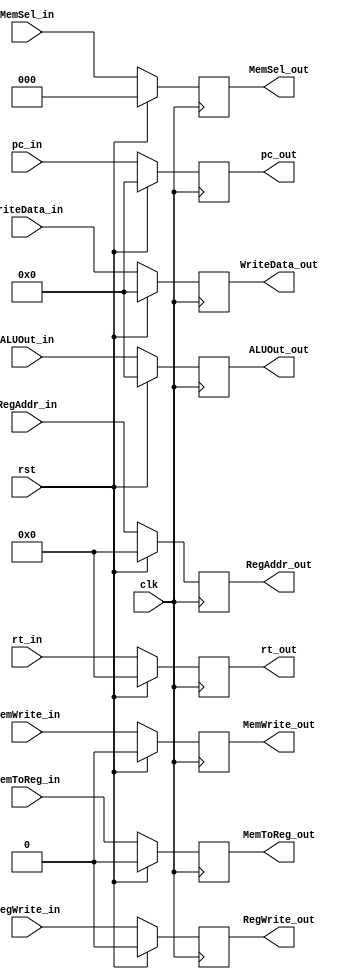
`timescale 1ns / 1ps

module StageM(
    input clk,
    input rst, // ! Sync reset
    input RegWrite_in,
    input MemWrite_in,
    input MemToReg_in,
    input [31:0] ALUOut_in,
    input [31:0] WriteData_in,
    input [4:0] RegAddr_in,
    input [31:0] pc_in,
    input [4:0] rt_in,
    input [2:0] MemSel_in,
    output reg [4:0] rt_out,
    output reg RegWrite_out,
    output reg MemWrite_out,
    output reg MemToReg_out,
    output reg [31:0] ALUOut_out,
    output reg [31:0] WriteData_out,
    output reg [4:0] RegAddr_out,
    output reg [31:0] pc_out,
    output reg [2:0] MemSel_out
    );

    always@(posedge clk) begin
        if(rst) begin
            RegWrite_out <= 0;
            MemWrite_out <= 0;
            MemToReg_out <= 0;
            ALUOut_out <= 0;
            WriteData_out <= 0;
            RegAddr_out <= 0;
            pc_out <= 0;
            rt_out <= 0;
            MemSel_out <= 0;
        end else begin
            RegWrite_out <= RegWrite_in;
            MemWrite_out <= MemWrite_in;
            MemToReg_out <= MemToReg_in;
            ALUOut_out <= ALUOut_in;
            WriteData_out <= WriteData_in;
            RegAddr_out <= RegAddr_in;
            pc_out <= pc_in;
            rt_out <= rt_in;
            MemSel_out <= MemSel_in;
        end
    end

endmodule